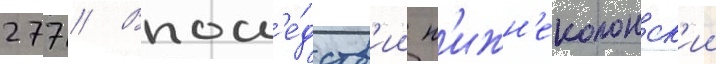
277 // Впосл'е́дств'ии н'ижн'еколонск'ии